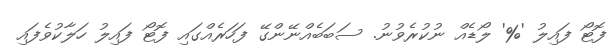
ފޮޓޯ ފައިލު '%' ލޯޑެއް ނުކުރެވުނު. ސަބަބެއްނޭންގޭ ފަހަރެއްގައި ފޮޓޯ ފައިލު ހަލާކުވެފައި